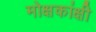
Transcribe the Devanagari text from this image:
मोक्षकांक्षी